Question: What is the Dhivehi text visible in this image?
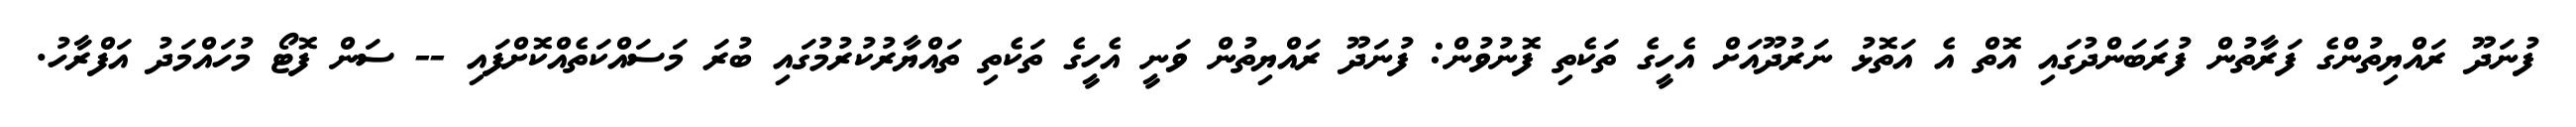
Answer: ފުނަދޫ ރައްޔިތުންގެ ފަރާތުން ފުރަބަންދުގައި އޮތް އެ އަތޮޅު ނަރުދޫއަށް އެހީގެ ތަކެތި ފޮނުވުން: ފުނަދޫ ރައްޔިތުން ވަނީ އެހީގެ ތަކެތި ތައްޔާރުކުރުމުގައި ބުރަ މަސައްކަތެއްކޮށްފައި -- ސަން ފޮޓޯ މުހައްމަދު އަފްރާހު.